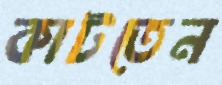
কাটতেন